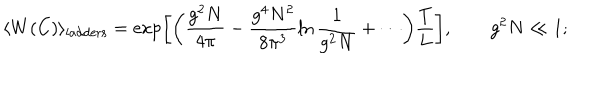
\langle W ( C ) \rangle _ { \mathrm { l a d d e r s } } = \exp \biggl [ \biggl ( \frac { g ^ { 2 } N } { 4 \pi } - \frac { g ^ { 4 } N ^ { 2 } } { 8 \pi ^ { 3 } } \ln \frac { 1 } { g ^ { 2 } N } + \cdots \biggr ) \frac { T } { L } \biggr ] , \qquad g ^ { 2 } N \ll 1 ;